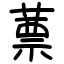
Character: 蔈